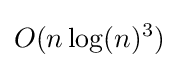
O(n\log(n)^{3})